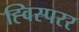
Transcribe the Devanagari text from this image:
ह्विस्परर